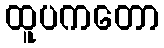
ထူပကတော